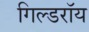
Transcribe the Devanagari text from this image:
गिल्डरॉय